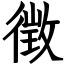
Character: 徴